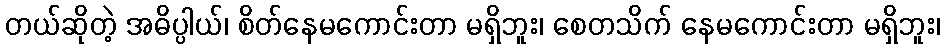
တယ်ဆိုတဲ့ အဓိပ္ပါယ်၊ စိတ်နေမကောင်းတာ မရှိဘူး၊ စေတသိက် နေမကောင်းတာ မရှိဘူး၊